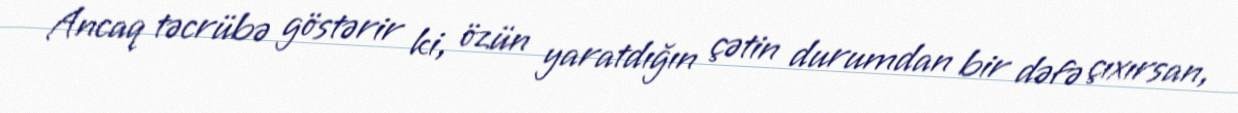
Ancaq təcrübə göstərir ki, özün yaratdığın çətin durumdan bir dəfə çıxırsan,